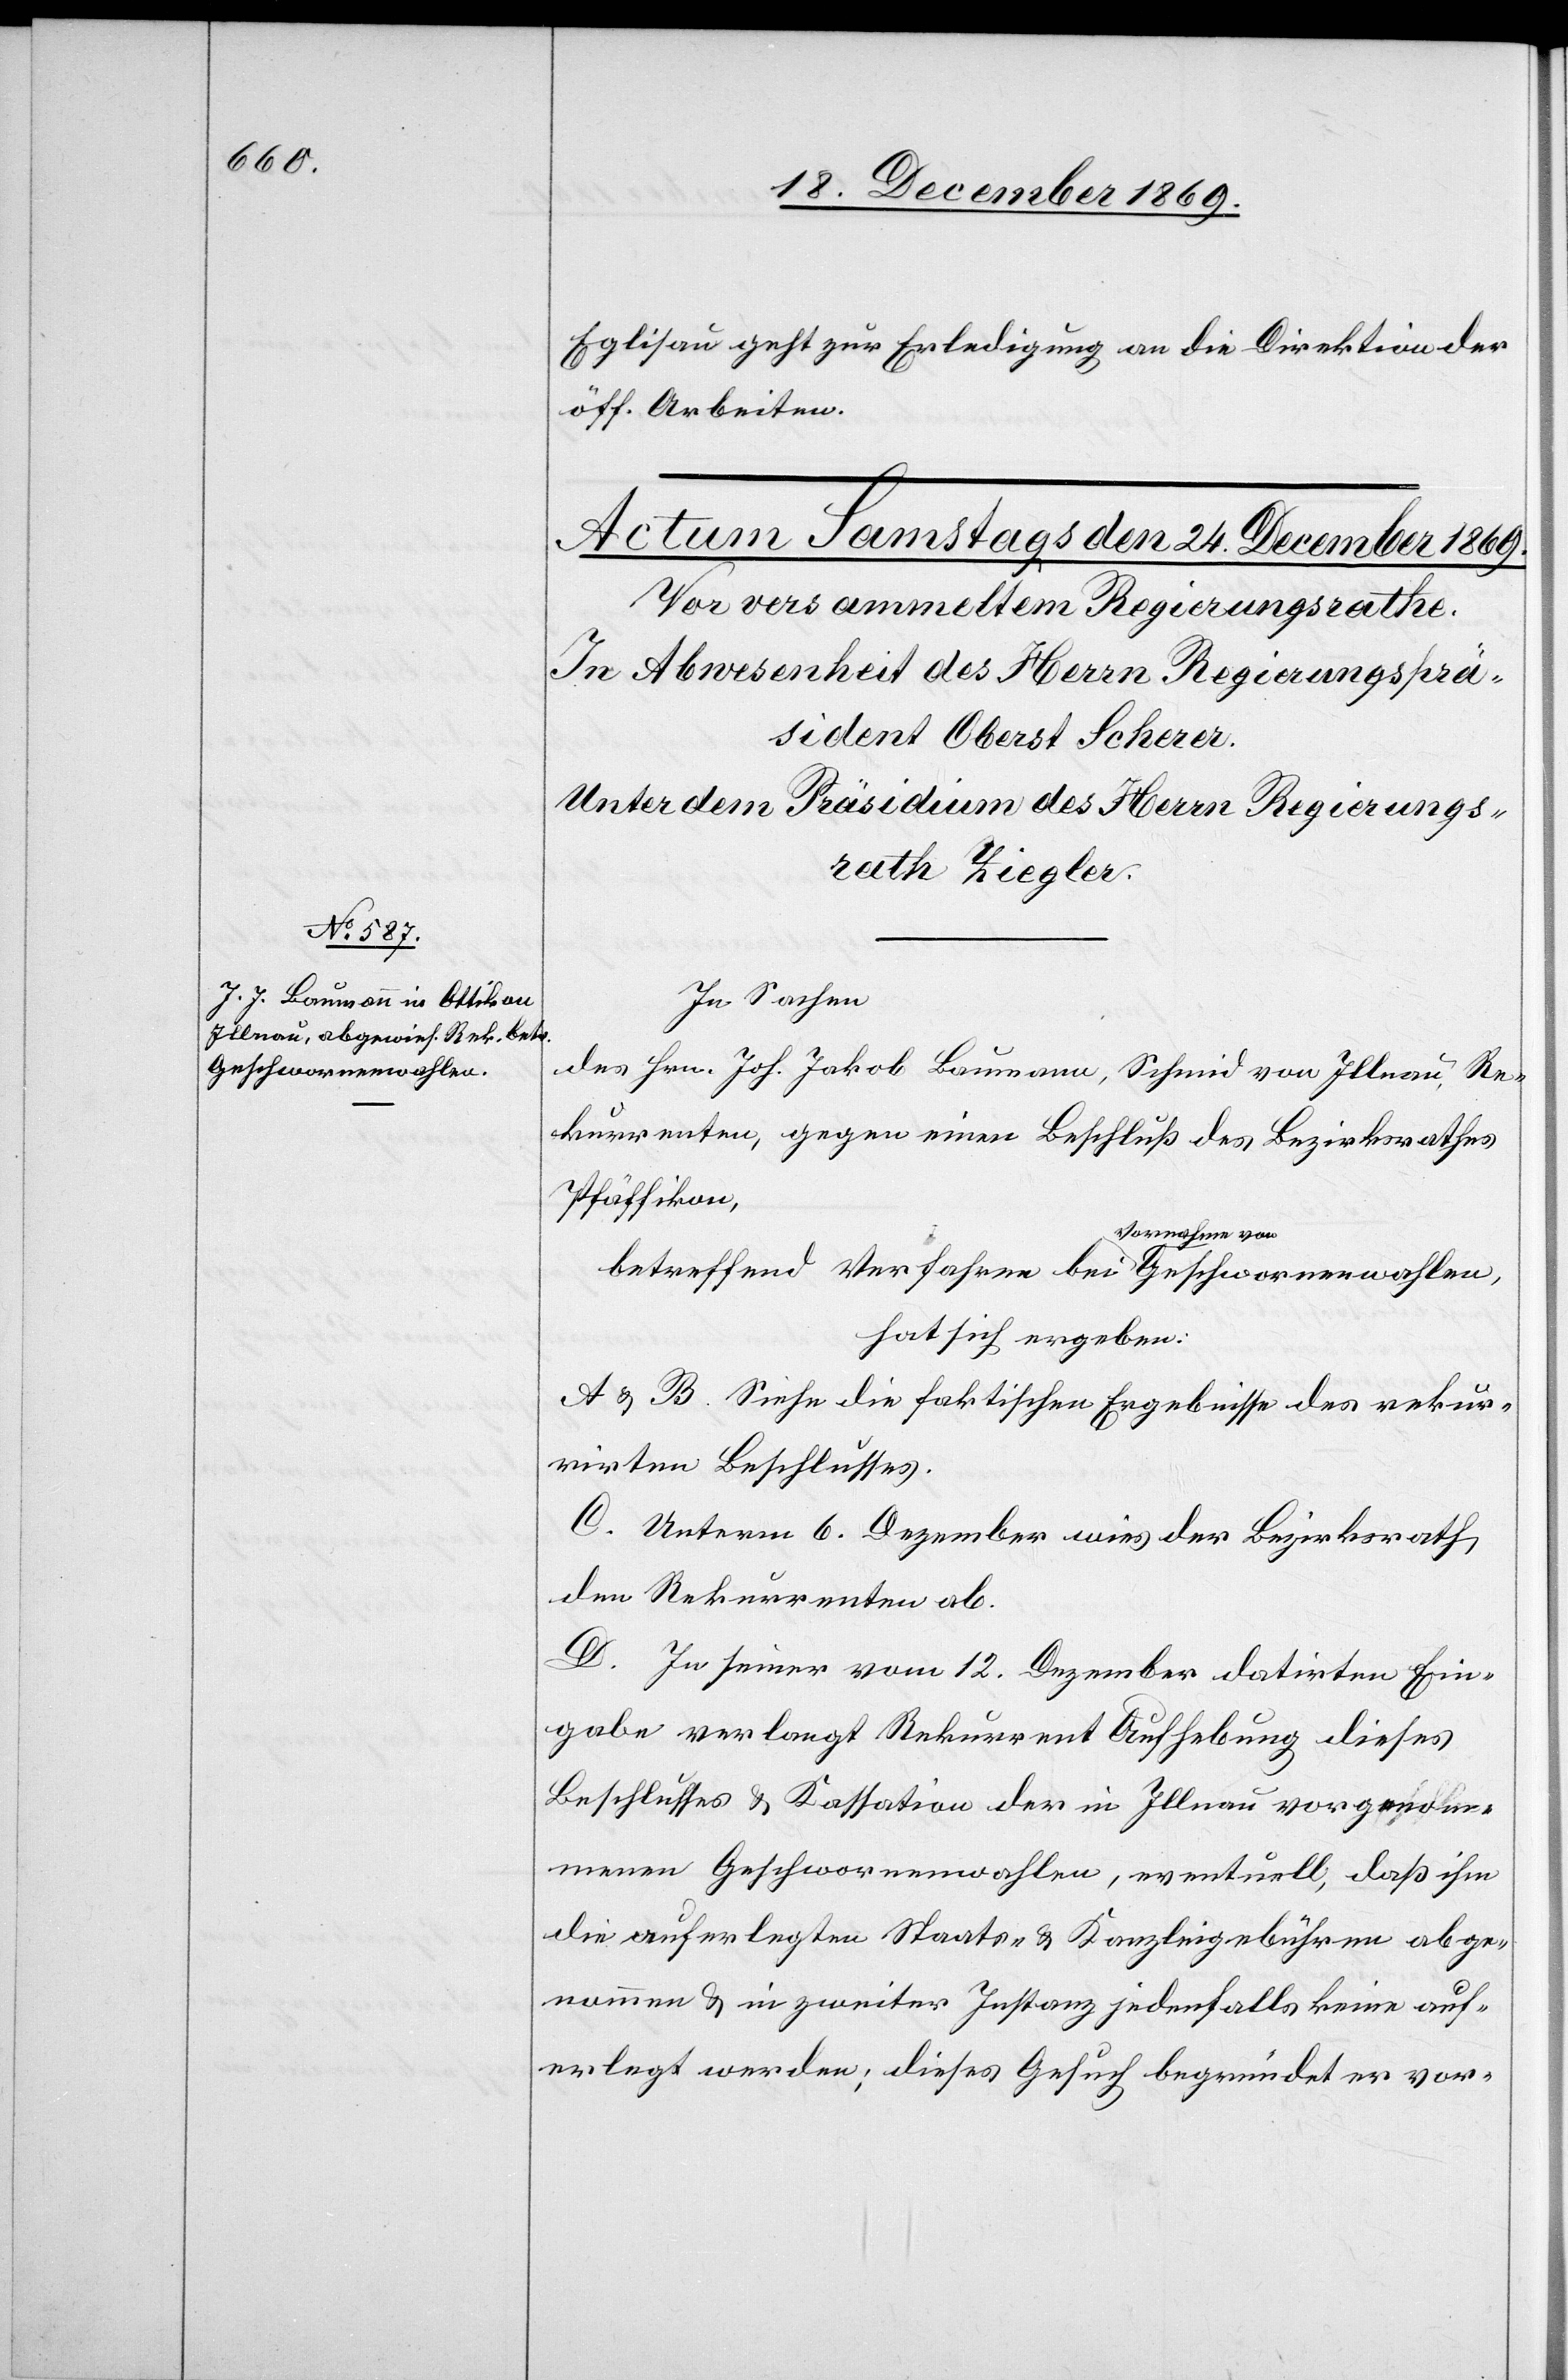
Geschwornenwahlen,

Eglisau geht zur Erledigung an die Direktion der
öff. Arbeiten.
In Sachen
des Hrn. Joh. Jakob Baumann, Schmid von Illnau, Re¬
kurrenten, gegen einen Beschluß des Bezirksrathes
Pfäffikon,
betreffend Verfahren bei Vornahme
hat sich ergeben:
A & B. Siehe die faktischen Ergebnisse des rekur¬
rirten Beschlusses.
C. Unterm 6. Dezember wies der Bezirksrath
den Rekurrenten ab.
D. In seiner vom 12. Dezember datirten Ein¬
gabe verlangt Rekurrent Aufhebung dieses
Beschlusses & Kassation der in Illnau vorgenom¬
menen Geschwornenwahlen, eventuell, daß ihm
die auferlegten Staats- & Kanzleigebühren abge¬
nommen & in zweiter Instanz jedenfalls keine auf¬
erlegt werden; dieses Gesuch begründet er vor-